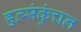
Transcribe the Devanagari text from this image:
हृत्संकुंचन